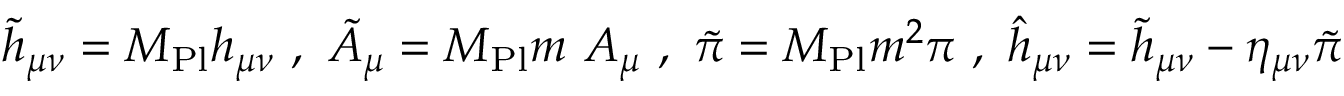
{ \tilde { h } } _ { \mu \nu } = M _ { \mathrm { P l } } h _ { \mu \nu } \ , \ { \tilde { A } } _ { \mu } = M _ { \mathrm { P l } } m \ A _ { \mu } \ , \ { \tilde { \pi } } = M _ { \mathrm { P l } } m ^ { 2 } \pi \ , \ { \hat { h } } _ { \mu \nu } = { \tilde { h } } _ { \mu \nu } - \eta _ { \mu \nu } { \tilde { \pi } }